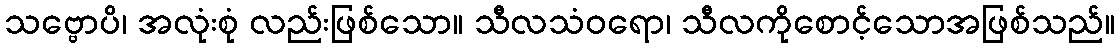
သဗ္ဗောပိ၊ အလုံးစုံ လည်းဖြစ်သော။ သီလသံဝရော၊ သီလကိုစောင့်သောအဖြစ်သည်။